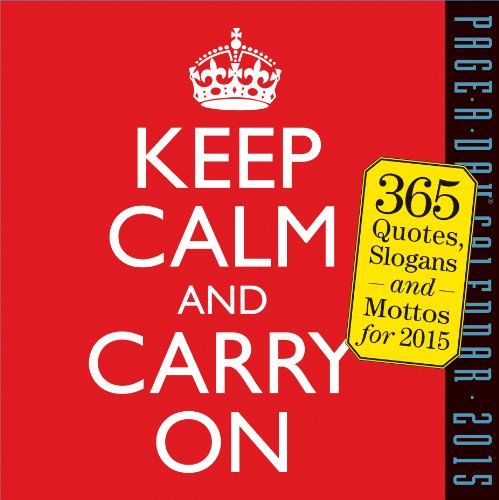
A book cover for Keep Calm and Carry On 2015 Page-A-Day Calendar; Workman Publishing; Calendars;